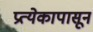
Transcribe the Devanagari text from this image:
प्रत्येकापासून